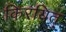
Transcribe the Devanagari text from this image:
किरयित्